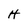
Character: H